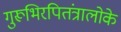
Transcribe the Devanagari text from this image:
गुरूभिरपितंत्रालोके